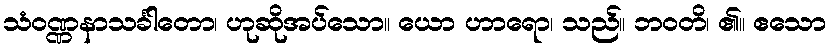
သံဝဏ္ဏနာသင်္ခါတော၊ ဟုဆိုအပ်သော။ ယော ဟာရော၊ သည်။ ဘဝတိ၊ ၏။ ဧသော